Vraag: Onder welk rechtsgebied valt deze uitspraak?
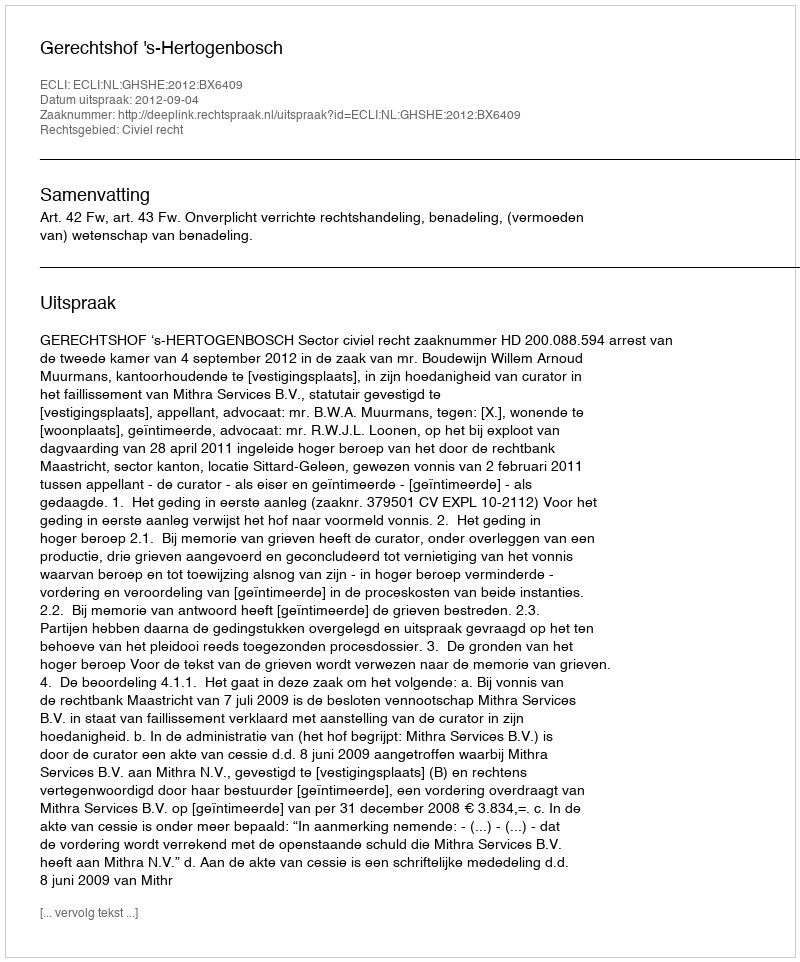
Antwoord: Civiel recht